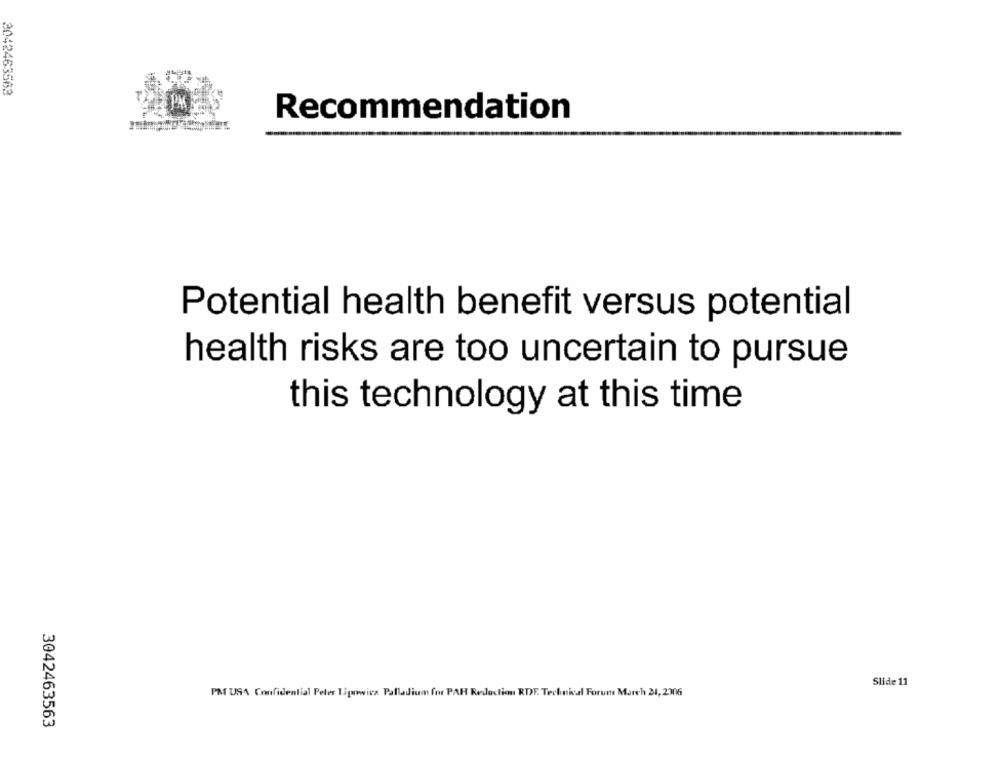
3042463563
PX
Recommendation
Potential health benefit versus potential
health risks are too uncertain to pursue
this technology at this time
Slide 11
PMT USA Confidential Peler Tipowicz Palladium for PAR Redaction RDF. Technical Forum March 24, 2306
3042463563